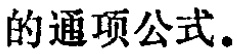
的通项公式。